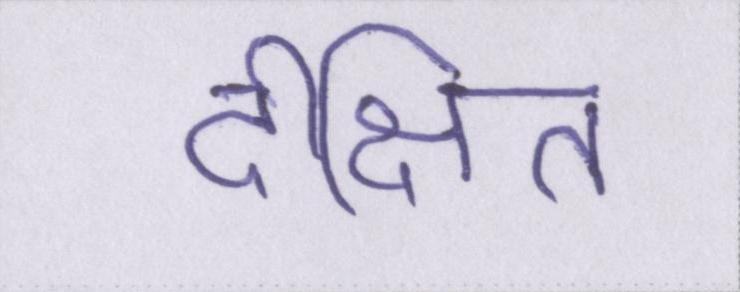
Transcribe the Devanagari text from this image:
दीक्षित